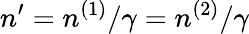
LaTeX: n^{\prime}=n^{(1)}/\gamma=n^{(2)}/\gamma